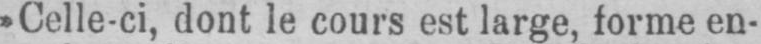
»Celle-ci, dont le cours est large, forme en-